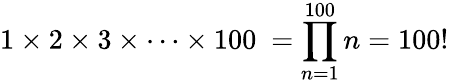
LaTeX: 1\times 2\times 3\times\cdots\times 100\ =\prod_{n=1}^{100}n=100!